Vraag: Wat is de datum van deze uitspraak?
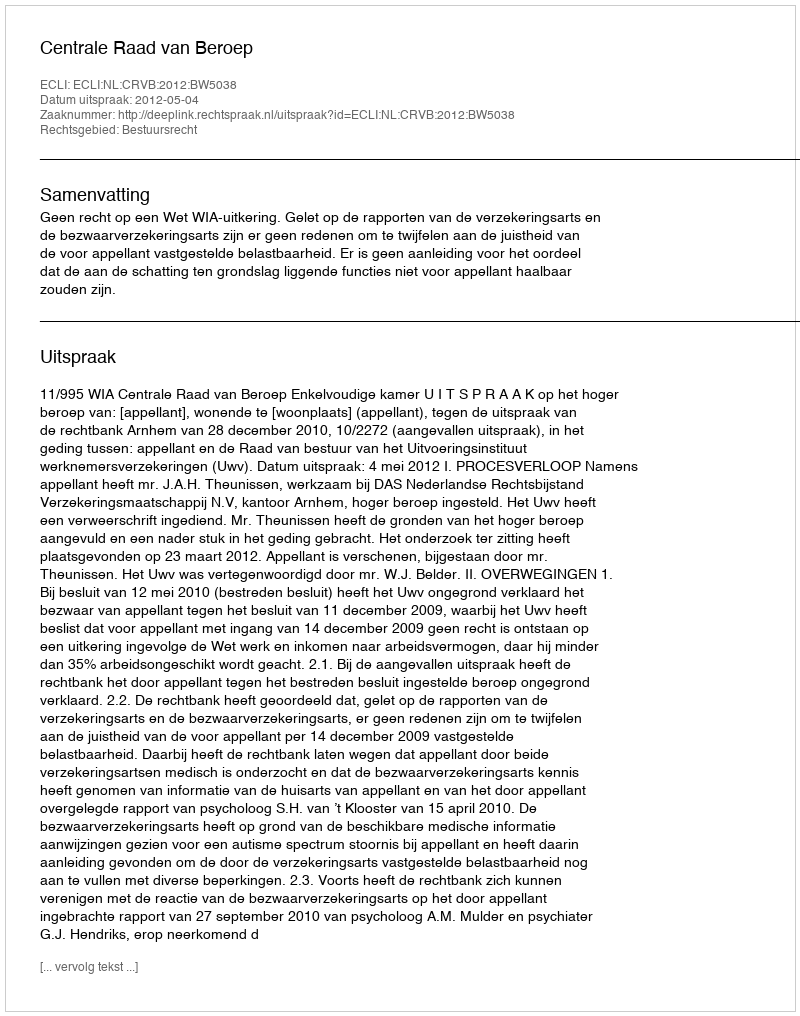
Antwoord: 2012-05-04